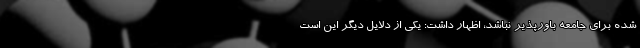
شده برای جامعه باورپذیر نباشد، اظهار داشت: یکی از دلایل دیگر این است